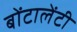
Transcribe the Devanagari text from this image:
बोंटालेंटी